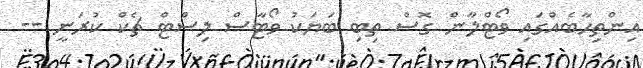
އިންތިހާބެއްގައި ވޯޓްލާން ގޮސް ތިބި ބަޔަކު ވޯޓާސް ލިސްޓް ޗެކް ކުރަނީ --